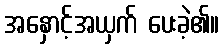
အနှောင့်အယှက် ပေးခဲ့၏။